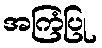
အကြံပြု